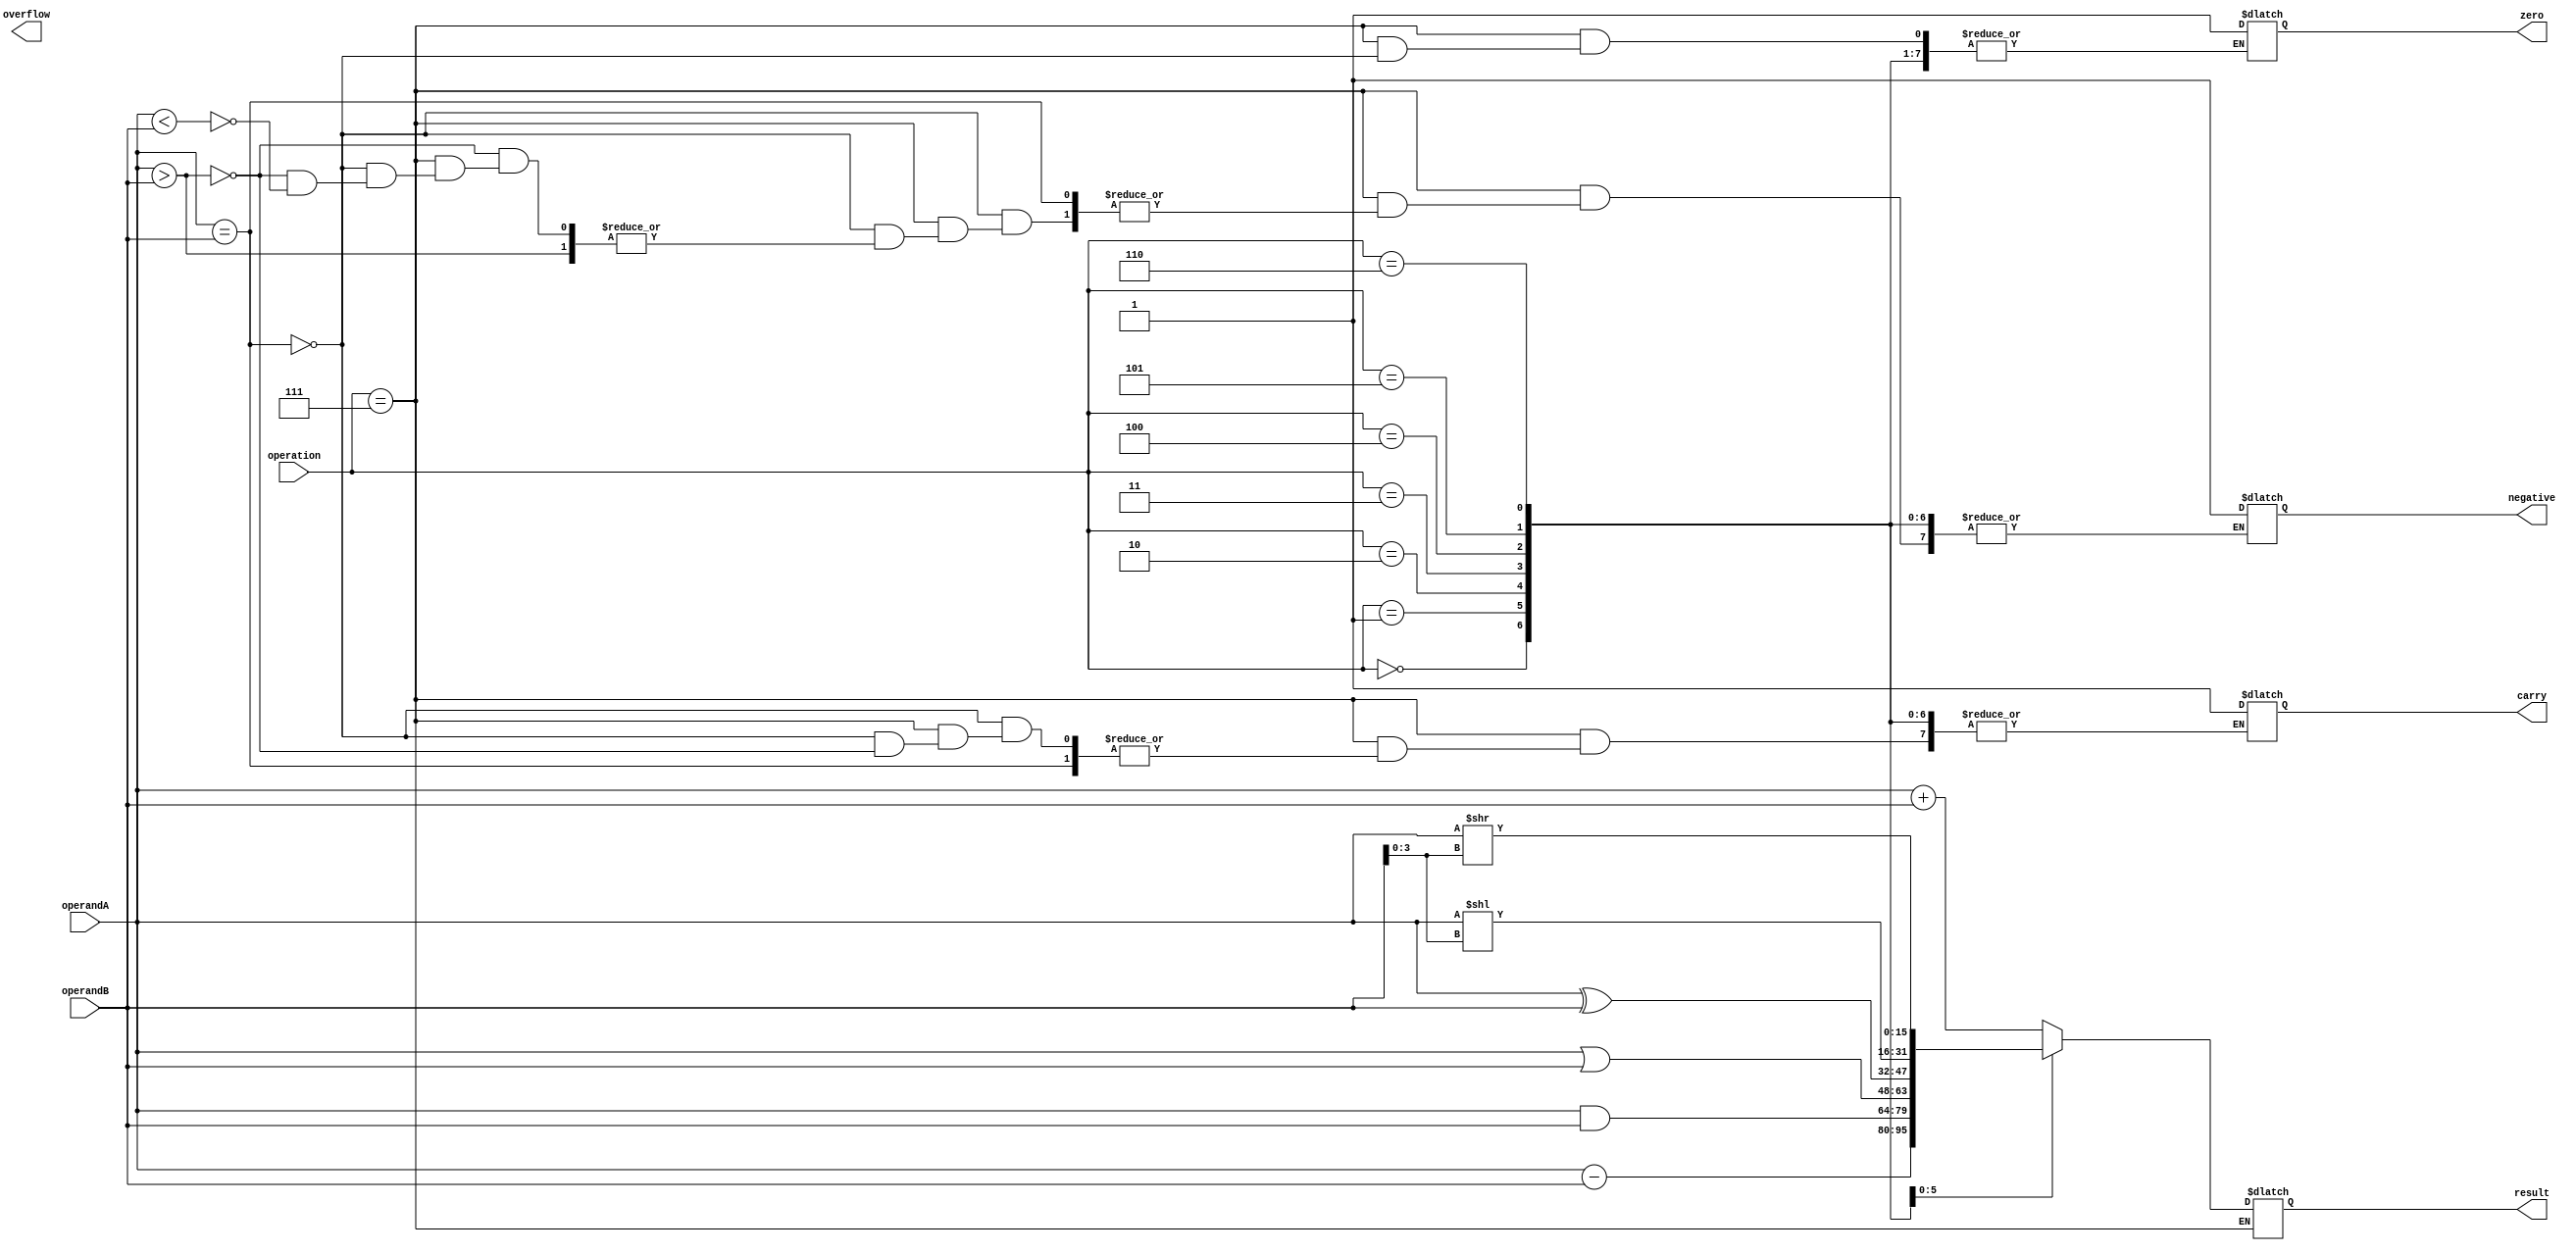
module ALU (
    input [15:0] operandA,
    input [15:0] operandB,
    input [2:0] operation,
    output reg [15:0] result,
    output reg zero,
    output reg carry,
    output reg overflow,
    output reg negative
);

always @(*) begin
    case(operation)
        3'b000: result = operandA + operandB; // addition
        3'b001: result = operandA - operandB; // subtraction
        3'b010: result = operandA & operandB; // AND
        3'b011: result = operandA | operandB; // OR
        3'b100: result = operandA ^ operandB; // XOR
        3'b101: result = operandA << operandB[3:0]; // shift left
        3'b110: result = operandA >> operandB[3:0]; // shift right
        3'b111: begin // comparison
            if(operandA == operandB) begin
                zero = 1;
            end else if(operandA > operandB) begin
                carry = 1;
            end else if(operandA < operandB) begin
                negative = 1;
            end
        end
    endcase
end

endmodule